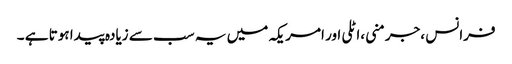
فرانس ،جرمنی ،اٹلی اور امریکہ میں یہ سب سے زیادہ پیدا ہوتا ہے ۔